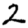
Digit: 2